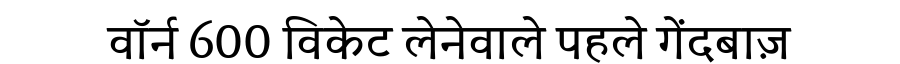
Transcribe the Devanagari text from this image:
वॉर्न 600 विकेट लेनेवाले पहले गेंदबाज़